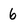
Character: 6